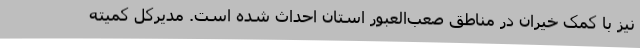
نیز با کمک خیران در مناطق صعب‌العبور استان احداث شده است. مدیرکل کمیته